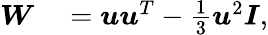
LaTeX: \begin{array}{rl}{\boldsymbol{W}}&{{}=\boldsymbol{u}\boldsymbol{u}^{T}-\frac{1}{3}\boldsymbol{u}^{2}\boldsymbol{I},}\end{array}